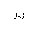
Letter: _sin